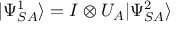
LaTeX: | \Psi _ { S A } ^ { 1 } \rangle = I \otimes U _ { A } | \Psi _ { S A } ^ { 2 } \rangle